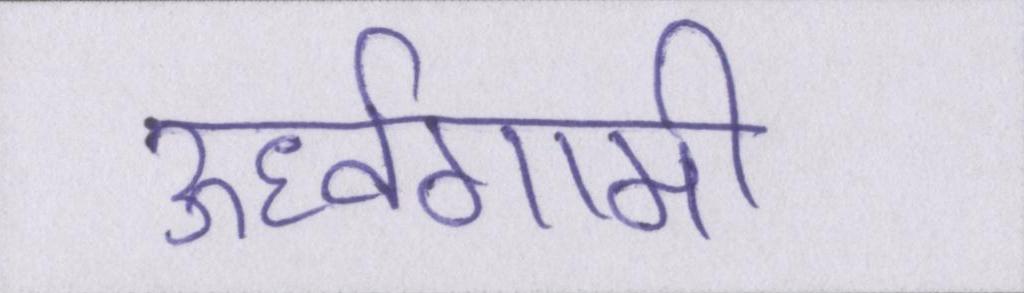
ऊर्ध्वगामी